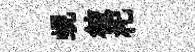
蜆彼𣏌